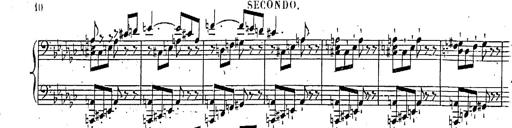
Title: Marche et Cavatine de Lucie de Lammermoor, S.398
Composer: Franz Liszt